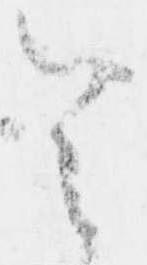
令